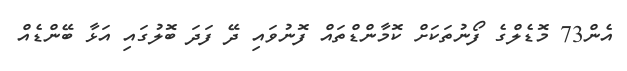
އެން73 މޮޑެލްގެ ފޯނުތަކަށް ކޮމާންޑްތައް ފޮނުވައި ދޭ ފަދަ ބޮލުގައި އަޅާ ބޭންޑެއް